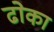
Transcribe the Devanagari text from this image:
ढाेका